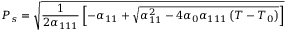
P _ { s } = { \sqrt { { \frac { 1 } { 2 \alpha _ { 1 1 1 } } } \left[ - \alpha _ { 1 1 } + { \sqrt { \alpha _ { 1 1 } ^ { 2 } - 4 \alpha _ { 0 } \alpha _ { 1 1 1 } \left( T - T _ { 0 } \right) } } \right] } }